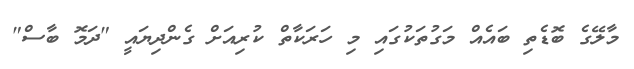
މާލޭގެ ބޮޑެތި ބައެއް މަގުތަކުގައި މި ހަރަކާތް ކުރިއަށް ގެންދިޔައީ "ދަމޮ ބާސް"